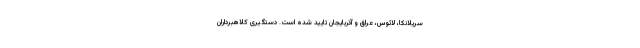
سریلانکا، لائوس، عراق و آذربایجان تایید شده است. دستگیری کلاهبرداران